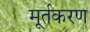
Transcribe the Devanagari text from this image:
मूर्तकरण